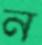
ন